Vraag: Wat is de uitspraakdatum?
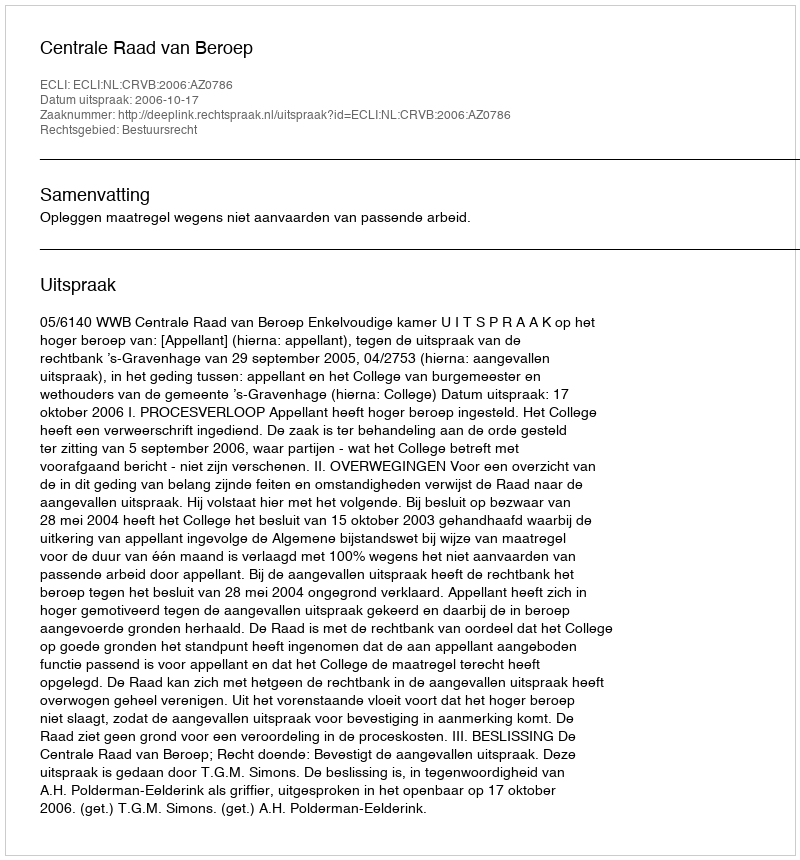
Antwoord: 2006-10-17